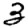
Digit: 3